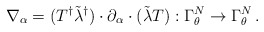
\begin{align*}\nabla_{\alpha}=(T^{\dagger}\tilde \lambda^{\dagger})\cdot \partial_{\alpha} \cdot (\tilde \lambda T) :\Gamma_{\theta}^{N}\to \Gamma_{\theta}^{N} \, .\end{align*}